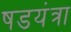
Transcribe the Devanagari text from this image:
षडयंत्रा